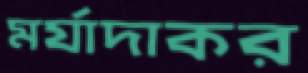
মর্যাদাকর